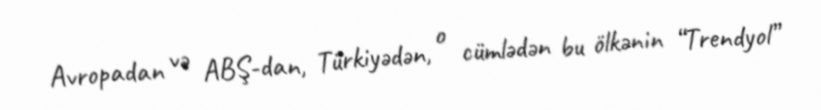
Avropadan və ABŞ-dan, Türkiyədən, o cümlədən bu ölkənin “Trendyol”